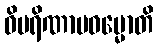
ဝိပရိဏာမဓမ္မောတိ